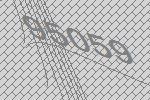
95059